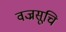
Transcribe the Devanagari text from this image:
वज्रसूचि